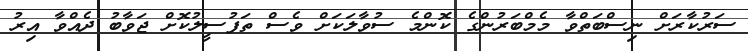
ސަރުކާރަށް ނިސްބަތްވާ މެމްބަރުންގެ ކޮންމެ ސުވާލަކަށް ވެސް ތަފުސީލުކޮށް ޖަވާބު ދެއްވާ އިރު